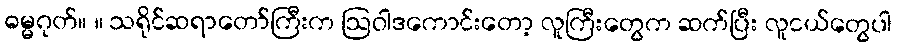
ဓမ္မဂုတ်။ ။ သရိုင်ဆရာတော်ကြီးက ဩဝါဒကောင်းတော့ လူကြီးတွေက ဆက်ပြီး လူငယ်တွေပါ